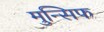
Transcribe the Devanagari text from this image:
मुन्सिफ